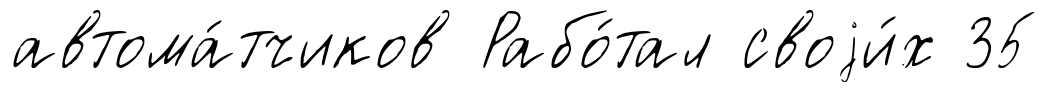
автома́тчиков Рабо́тал своjи́х 35